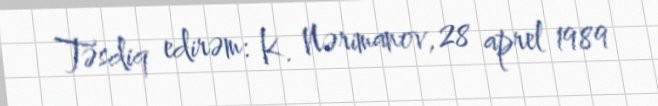
Təsdiq edirəm: K. Nərimanov, 28 aprel 1989